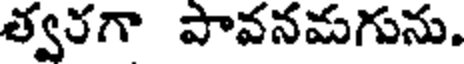
త్వరగా పావనమగును.